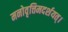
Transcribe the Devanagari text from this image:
मनोवृत्तिमदर्शयत्।